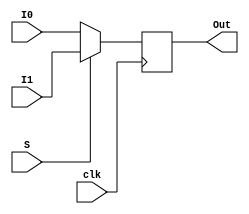
module mux(
    input [31:0] I0,
    input [31:0] I1,
    input S,
    input clk,
    output reg [31:0] Out
    );
    
    always @ (posedge clk) begin
        
        if(!S)
            Out = I0;
        else
            Out = I1; 
    end
endmodule